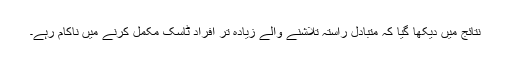
نتائج میں دیکھا گیا کہ متبادل راستہ تلاشنے والے زیادہ تر افراد ٹاسک مکمل کرنے میں ناکام رہے۔